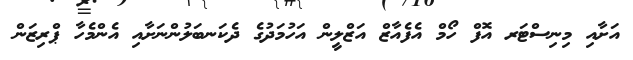
އަށާއި މިނިސްޓަރ އޮފް ހޯމް އެފެއާޒް އަޒްލީން އަހުމަދުގެ ދެކަނބަލުންނަށާއި އެންމެހާ ޕްރިޒަން